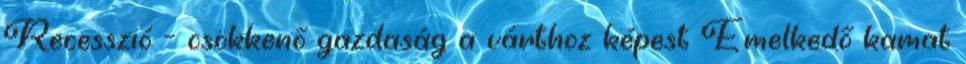
Recesszió – csökkenő gazdaság a várthoz képest Emelkedő kamat